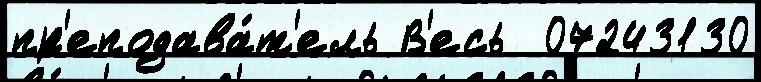
пр'еподава́т'ель В'есь  07243130